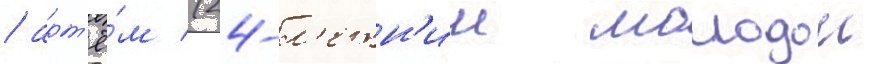
/ арт'ё́м (24-л'етн'ии молодои